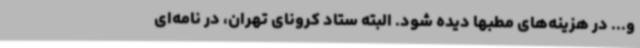
و... در هزینه‌های مطبها دیده شود. البته ستاد کرونای تهران، در نامه‌ای